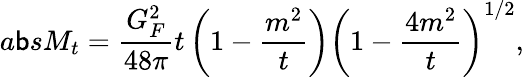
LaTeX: a\mathsf{b}sM_{t}=\frac{{G_{F}^{2}}}{{48\pi}}t\left(1-\frac{{m^{2}}}{{t}}\right)\left(1-\frac{{4m^{2}}}{{t}}\right)^{1/2},